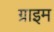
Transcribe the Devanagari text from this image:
ग्राइम